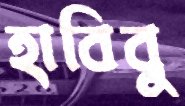
হাবিবু